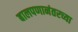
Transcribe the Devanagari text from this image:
बालपणानंतरच्या